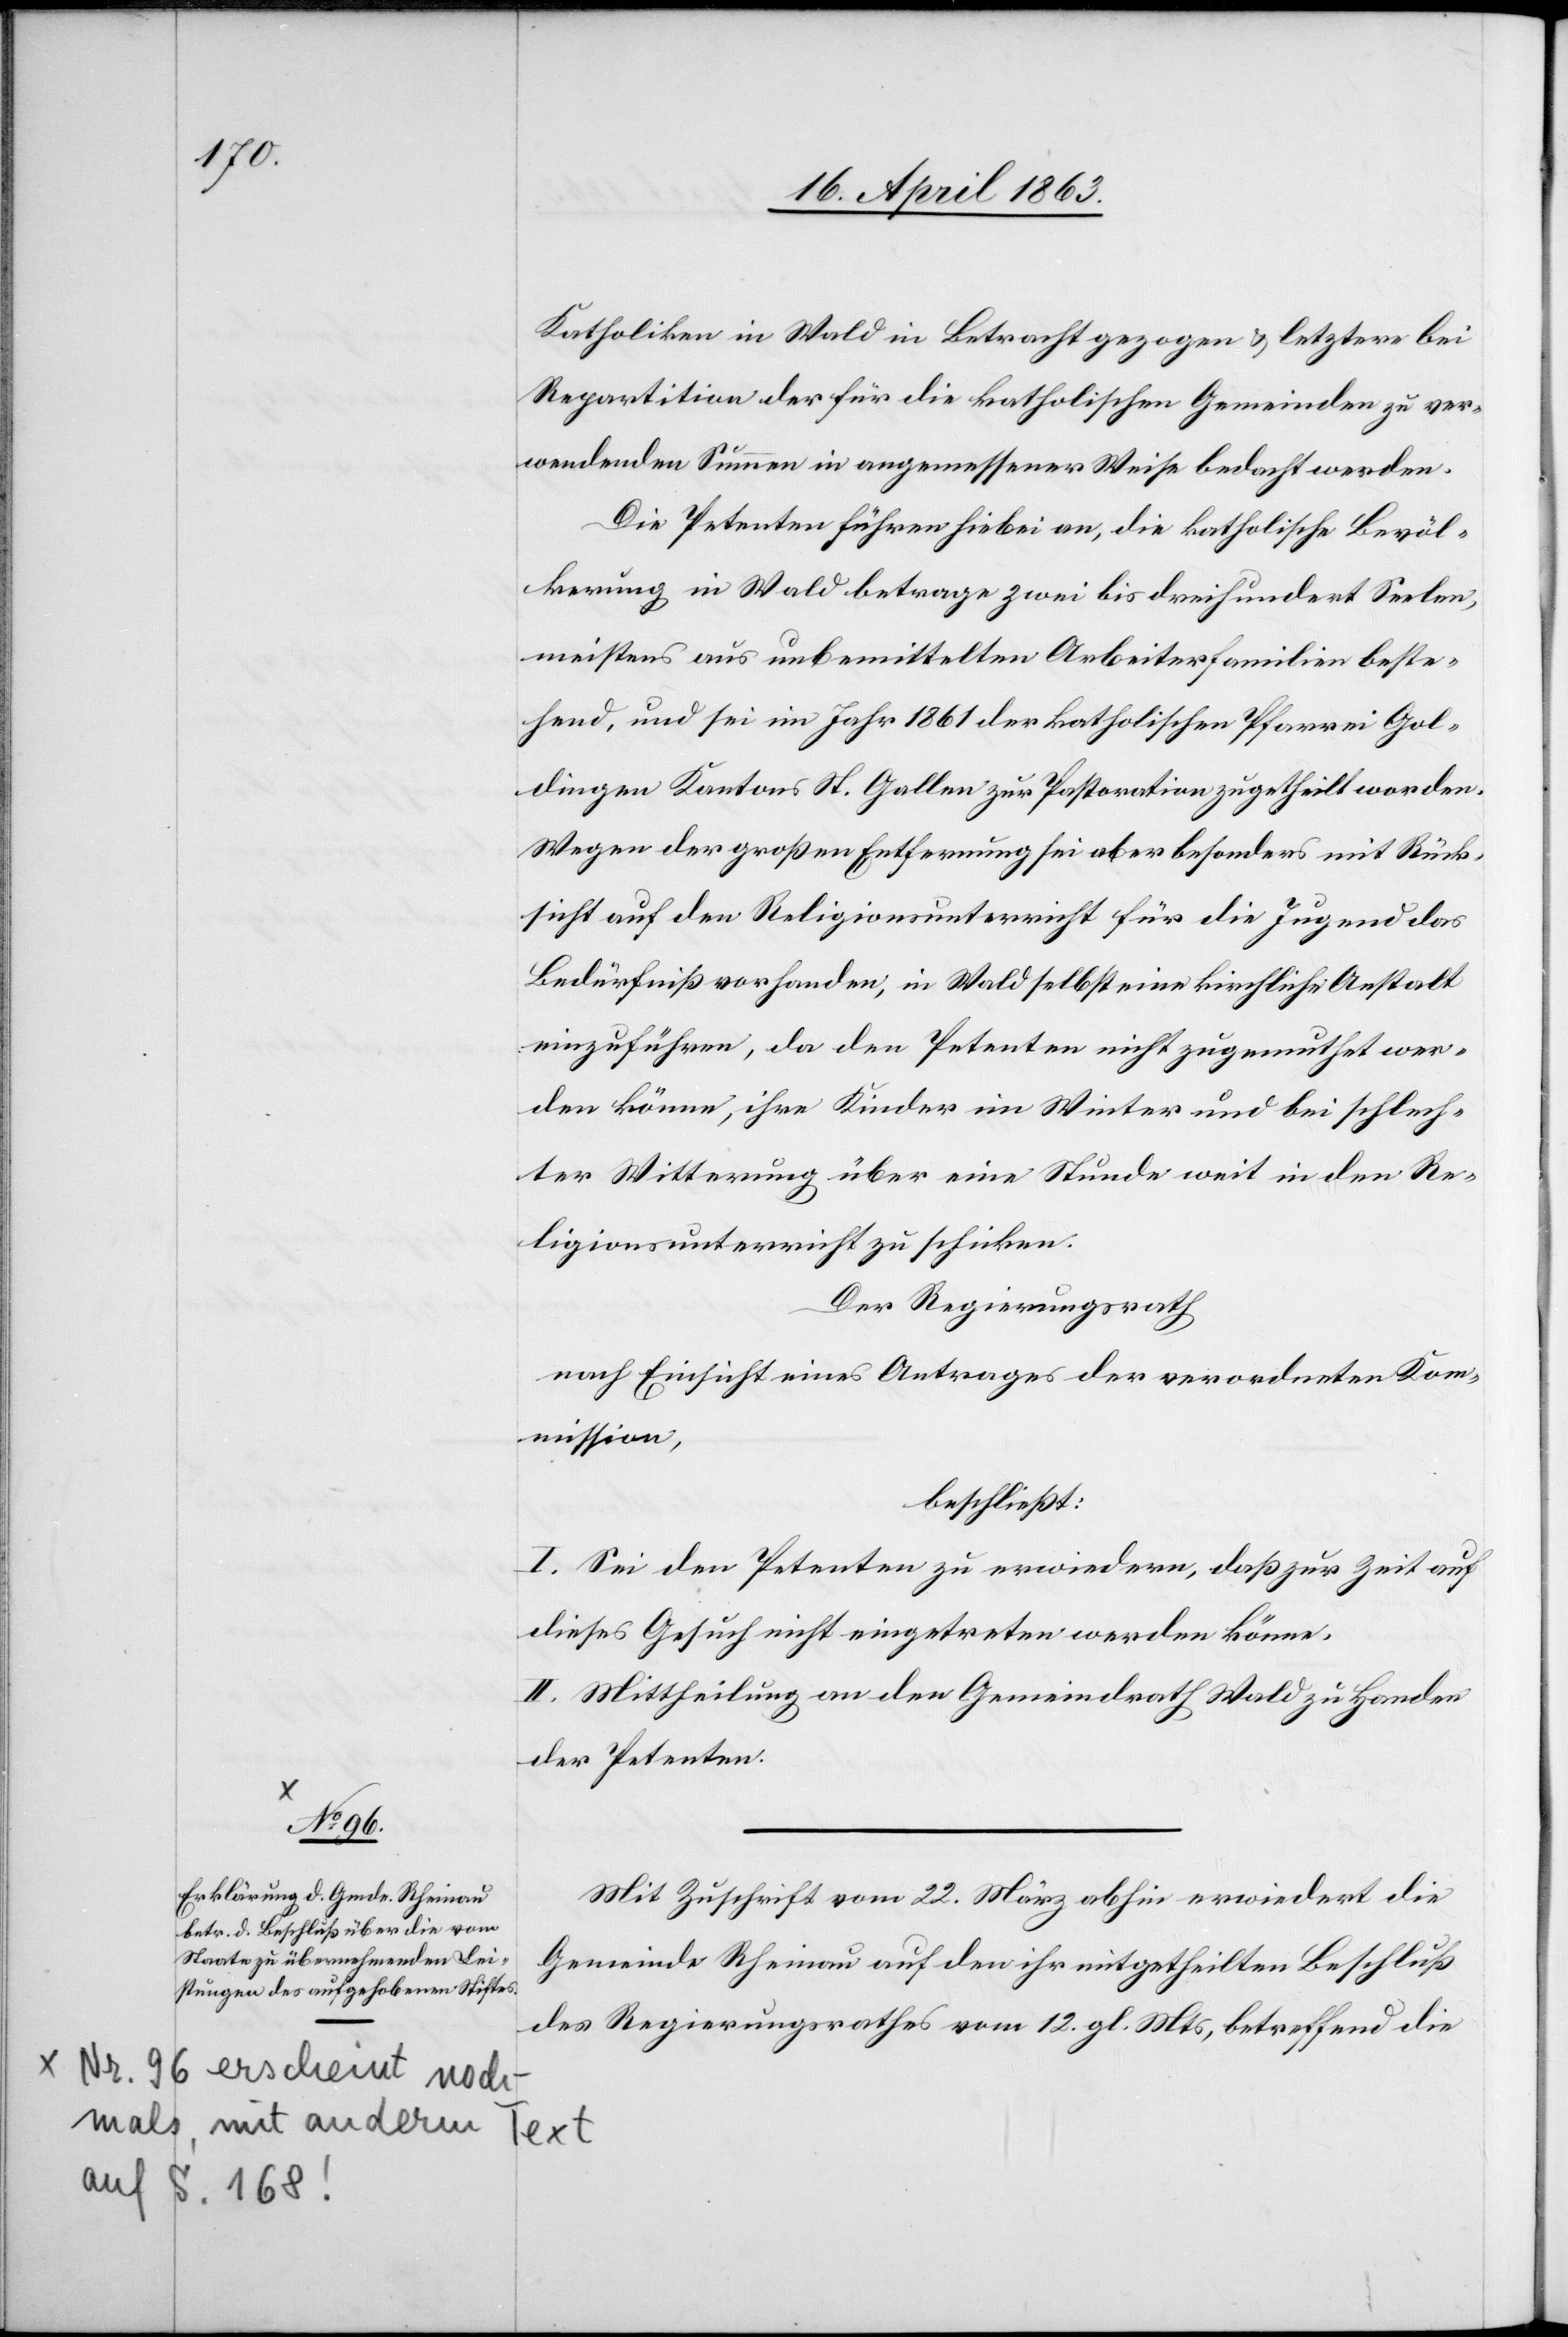
Katholiken in Wald in Betracht gezogen & letztere bei
Repartition der für die katholischen Gemeinden zu ver¬
wendenden Summen in angemessener Weise bedacht werden.
Die Petenten führen hiebei an, die katholische Bevöl¬
kerung in Wald betrage zwei[-] bis dreihundert Seelen,
meistens aus unbemittelten Arbeiterfamilien beste¬
hend, und sei im Jahr 1861 der katholischen Pfarrei Gol¬
dingen Kantons St. Gallen zur Pastoration zugetheilt worden.
Wegen der großen Entfernung sei aber besonders mit Rück¬
sicht auf den Religionsunterricht für die Jugend das
Bedürfniß vorhanden, in Wald selbst eine kirchliche Anstalt
einzuführen, da den Petenten nicht zugemuthet wer¬
den könne, ihre Kinder im Winter und bei schlech¬
ter Witterung über eine Stunde weit in den Re¬
ligionsunterricht zu schicken.
Der Regierungsrath
nach Einsicht eines Antrages der verordneten Kom¬
mission,
beschließt:
I. Sei den Petenten zu erwiedern, daß zur Zeit auf
dieses Gesuch nicht eingetreten werden könne.
II. Mittheilung an den Gemeindrath Wald zu Handen
der Petenten.
Mit Zuschrift vom 22. März abhin erwiedert die
Gemeinde Rheinau auf den ihr mitgetheilten Beschluß
des Regierungsrathes vom 12. gl. Mts, betreffend die